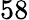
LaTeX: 58